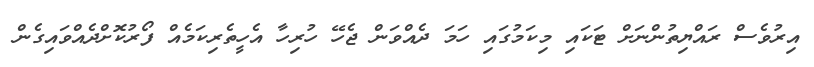
އިރުވެސް ރައްޔިތުންނަށް ޓަކައި މިކަމުގައި ހަމަ ދެއްވަން ޖެހޭ ހުރިހާ އެހީތެރިކަމެއް ފޯރުކޮށްދެއްވައިގެން